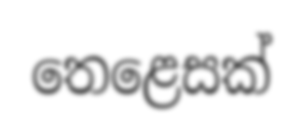
තෙළෙසක්